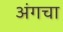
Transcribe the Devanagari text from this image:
अंगचा